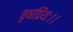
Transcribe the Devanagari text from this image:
वृषप्रियः।।